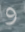
و